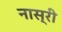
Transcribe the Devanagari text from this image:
नास्री